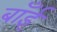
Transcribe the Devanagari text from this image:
बाँईं